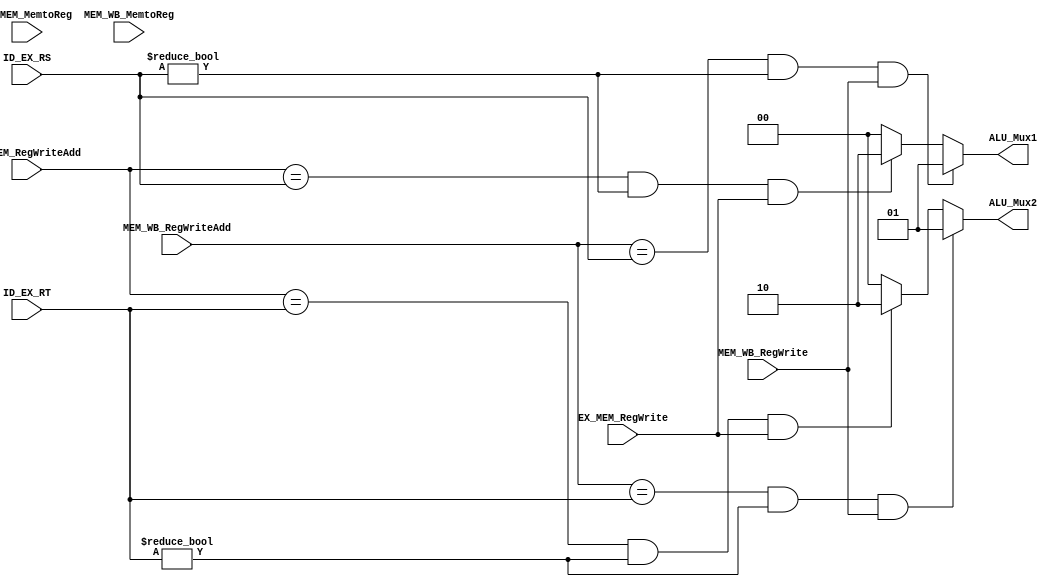
module forward_unit(input [4:0] ID_EX_RS, input [4:0] ID_EX_RT, 
	input [4:0] EX_MEM_RegWriteAdd, 
	input EX_MEM_RegWrite, input EX_MEM_MemtoReg, 
	input [4:0] MEM_WB_RegWriteAdd,
	input MEM_WB_RegWrite, input MEM_WB_MemtoReg,
	output [1:0] ALU_Mux1, output [1:0] ALU_Mux2);
	
	reg [1:0] Mux1;
	reg [1:0] Mux2;
	
	assign ALU_Mux1 = Mux1;
	assign ALU_Mux2 = Mux2;
	
	always@(*) begin
	if((MEM_WB_RegWriteAdd == ID_EX_RS) && (ID_EX_RS != 0) && MEM_WB_RegWrite)
		begin
			Mux1 = 2'b01;
		end 
	else if((EX_MEM_RegWriteAdd == ID_EX_RS) && (ID_EX_RS != 0) && EX_MEM_RegWrite)
		begin
			Mux1 = 2'b10;
		end
	else
		begin
			Mux1 = 2'b00;
		end
	
	if((MEM_WB_RegWriteAdd == ID_EX_RT) && (ID_EX_RT != 0) && MEM_WB_RegWrite)
		begin
			Mux2 = 2'b01;
		end
	else if((EX_MEM_RegWriteAdd == ID_EX_RT) && (ID_EX_RT != 0) && EX_MEM_RegWrite)
		begin
			Mux2 = 2'b10;
		end
	else
		begin
			Mux2 = 2'b00;
		end
	end
	
	endmodule